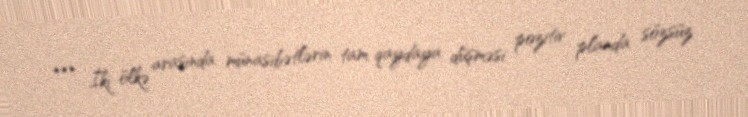
*** İki ölkə arasında münasibətlərin tam qaydaya düşməsi pozitiv planda sözsüz